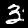
Digit: 3